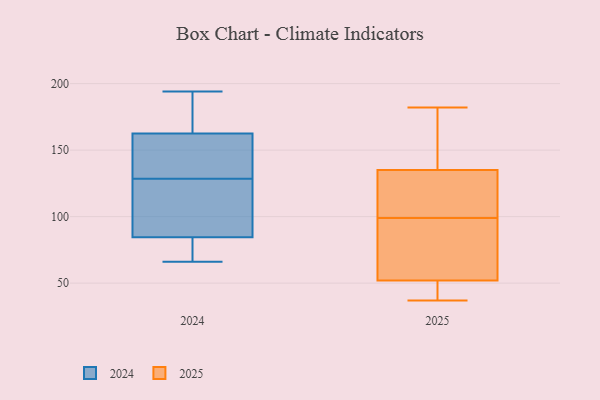
{"axis": {"x": "Production Output", "y": "Value"}, "legend": ["2024", "2025"], "data": [{"x": "", "y": 194, "type": "2024"}, {"x": "", "y": 96, "type": "2024"}, {"x": "", "y": 66, "type": "2024"}, {"x": "", "y": 176, "type": "2024"}, {"x": "", "y": 135, "type": "2024"}, {"x": "", "y": 107, "type": "2024"}, {"x": "", "y": 165, "type": "2024"}, {"x": "", "y": 68, "type": "2024"}, {"x": "", "y": 122, "type": "2024"}, {"x": "", "y": 160, "type": "2024"}, {"x": "", "y": 152, "type": "2024"}, {"x": "", "y": 73, "type": "2024"}, {"x": "", "y": 135, "type": "2025"}, {"x": "", "y": 37, "type": "2025"}, {"x": "", "y": 101, "type": "2025"}, {"x": "", "y": 68, "type": "2025"}, {"x": "", "y": 99, "type": "2025"}, {"x": "", "y": 99, "type": "2025"}, {"x": "", "y": 52, "type": "2025"}, {"x": "", "y": 93, "type": "2025"}, {"x": "", "y": 172, "type": "2025"}, {"x": "", "y": 167, "type": "2025"}, {"x": "", "y": 110, "type": "2025"}, {"x": "", "y": 52, "type": "2025"}, {"x": "", "y": 182, "type": "2025"}, {"x": "", "y": 48, "type": "2025"}]}